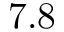
7 . 8